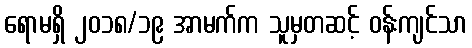
ရောမရှိ ၂၀၁၈/၁၉ အာမက်က သူမှတဆင့် ဝန်းကျင်သာ